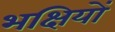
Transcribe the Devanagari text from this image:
भक्षियों